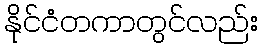
နိုင်ငံတကာတွင်လည်း